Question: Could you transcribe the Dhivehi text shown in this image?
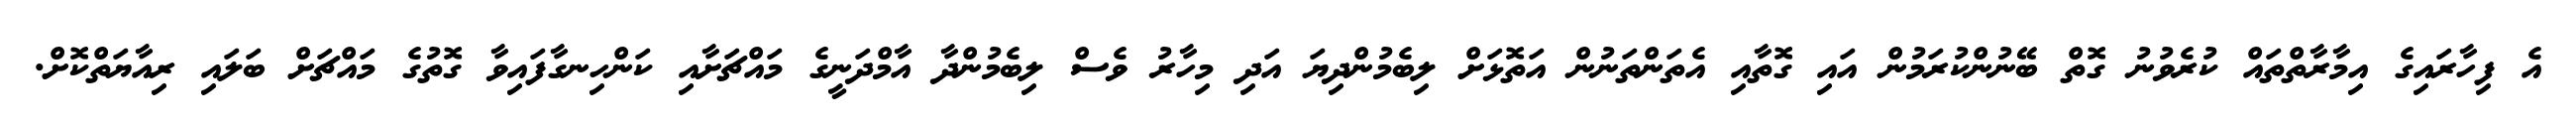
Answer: އެ ފިހާރައިގެ އިމާރާތްތައް ކުރެވުނު ގޮތް ބޭނުންކުރަމުން އައި ގޮތާއި އެތަންތަނުން އަތޮޅަށް ލިބެމުންދިޔަ އަދި މިހާރު ވެސް ލިބެމުންދާ އާމްދަނީގެ މައްޗަށާއި ކަންހިނގާފައިވާ ގޮތުގެ މައްޗަށް ބަލައި ރިއާޔަތްކޮށް.